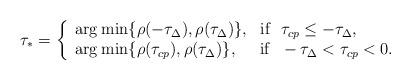
LaTeX: \begin{align*}\tau_{\ast}=\left\{\begin{array}{l}\mbox{arg\:min}\{\rho (-\tau_{\Delta}), \rho (\tau_{\Delta})\}, \ \ \mbox{if} \ \ \tau_{cp}\leq -\tau_{\Delta},\\\mbox{arg\:min}\{\rho (\tau_{cp}), \rho (\tau_{\Delta})\}, \ \ \ \ \mbox{if} \ \ -\tau_{\Delta} < \tau_{cp}< 0.\end{array}\right.\end{align*}